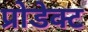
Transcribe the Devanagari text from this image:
प्रोडेक्ट